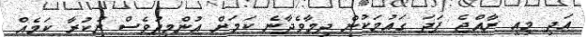
އަދި މިއީ ރާއްޖެ ފަދަ ގައުމަކުން ދިމާވެދާނެ ކަމަށް އުންމީދުވެސް ނުކުރާ ކަމެއް